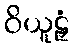
ဝိယူဠှံ